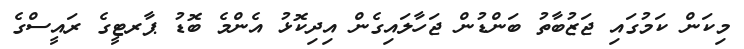
މިކަން ކަމުގައި ޖަޒުބާތު ބަންޑުން ޖަހާލައިގެން އިދިކޮޅު އެންމެ ބޮޑު ޕާރޓީގެ ރައީސްގެ